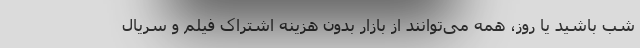
شب باشید یا روز، همه می‌توانند از بازار بدون هزینه اشتراک فیلم و سریال